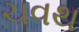
ચવથ